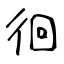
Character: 徊